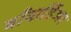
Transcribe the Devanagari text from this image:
बाँबार्डिअर